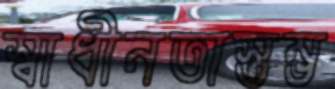
স্বাধীনতাস্তম্ভ